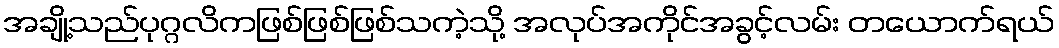
အချို့သည်ပုဂ္ဂလိကဖြစ်ဖြစ်ဖြစ်သကဲ့သို့ အလုပ်အကိုင်အခွင့်လမ်း တယောက်ရယ်